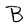
Character: B